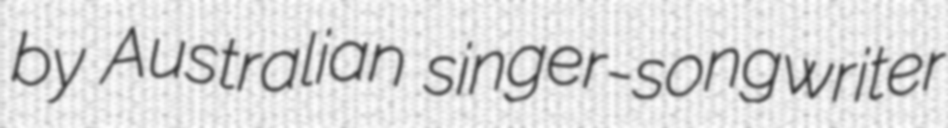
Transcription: by Australian singer-songwriter